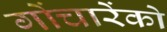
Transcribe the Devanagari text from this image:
गोंचारेंको